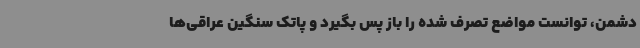
دشمن، توانست مواضع تصرف شده را باز پس بگیرد و پاتک سنگین عراقی‌ها